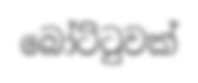
බෝට්ටුවක්